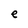
Character: e